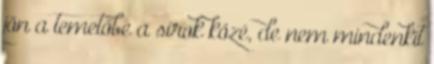
jön a temetőbe a sírok közé, de nem mindenkit